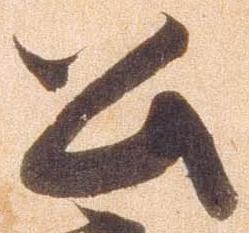
公